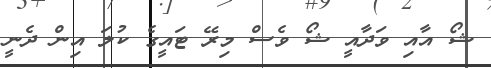
ޝޯ އާއި ވަދާއީ ޝޯ ވެސް މިރޭ ޓައީގެ ކުލަ އިން ދެނީ